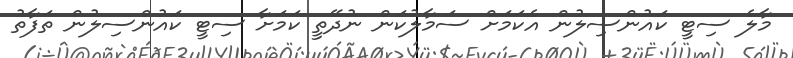
މާލެ ސިޓީ ކައުންސިލުން އެކަމަށް ސަމާލުކަން ނުދޭތީ ކަމަށާ ސިޓީ ކައުންސިލުން ތަފާތު